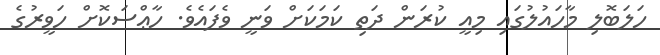
ހަލަބޮލި މާހައުލުގައި މިއީ ކުރަން ދަތި ކަމަކަށް ވަނީ ވެފައެވެ. ހާޢްސަކޮށް ހަވީރުގެ